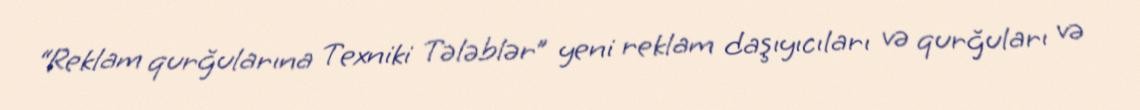
“Reklam qurğularına Texniki Tələblər” yeni reklam daşıyıcıları və qurğuları və